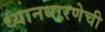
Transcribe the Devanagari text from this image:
ध्यानधारणेची